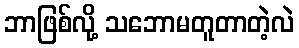
ဘာဖြစ်လို့ သဘောမတူတာတဲ့လဲ